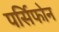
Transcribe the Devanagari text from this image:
पर्सिफोन